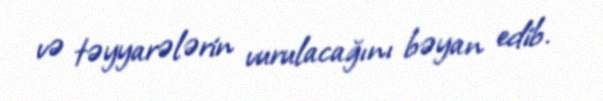
və təyyarələrin vurulacağını bəyan edib.